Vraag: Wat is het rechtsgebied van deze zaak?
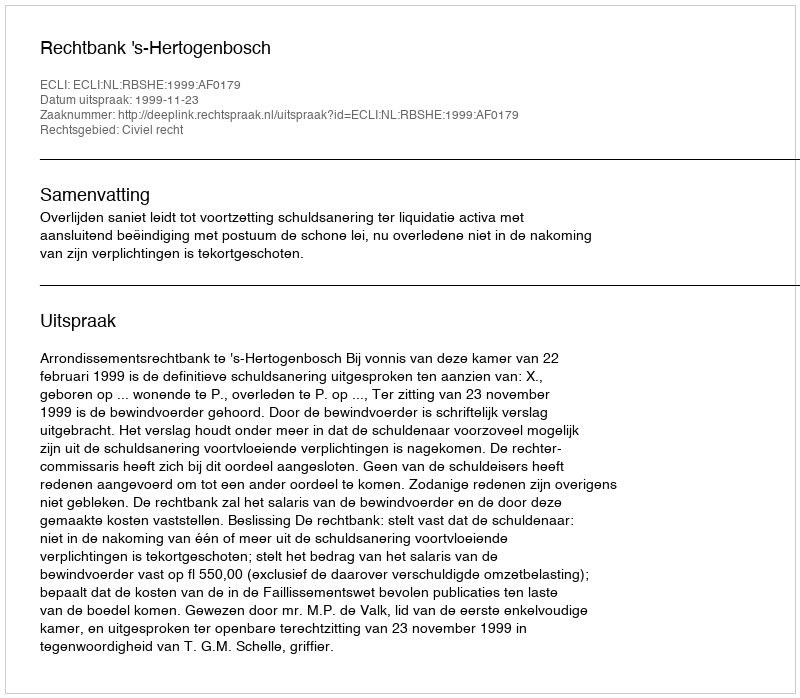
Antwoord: Civiel recht